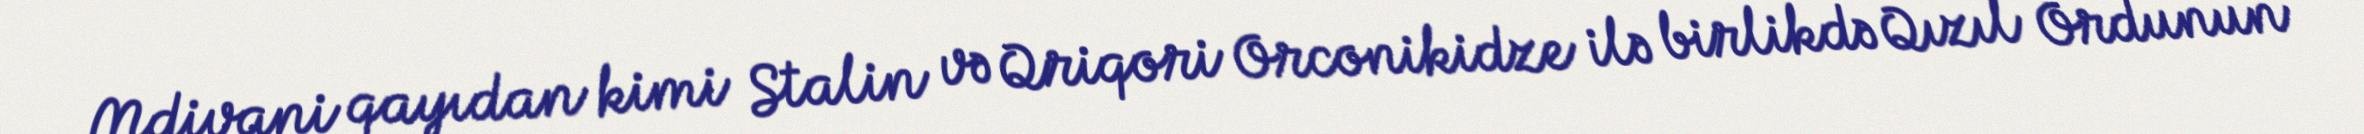
Mdivani qayıdan kimi Stalin və Qriqori Orconikidze ilə birlikdə Qızıl Ordunun